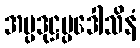
အပ္ပဒုဋ္ဌပ္ပဒေါသိနံ